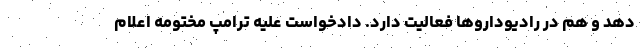
دهد و هم در رادیوداروها فعالیت دارد. دادخواست علیه ترامپ مختومه اعلام